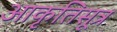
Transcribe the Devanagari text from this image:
आकृतिसूत्र